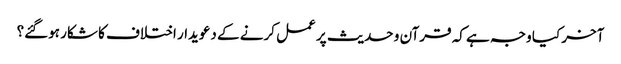
آخر کیا وجہ ہے کہ قرآن و حدیث پر عمل کرنے کے دعویدار اختلاف کا شکار ہوگئے؟